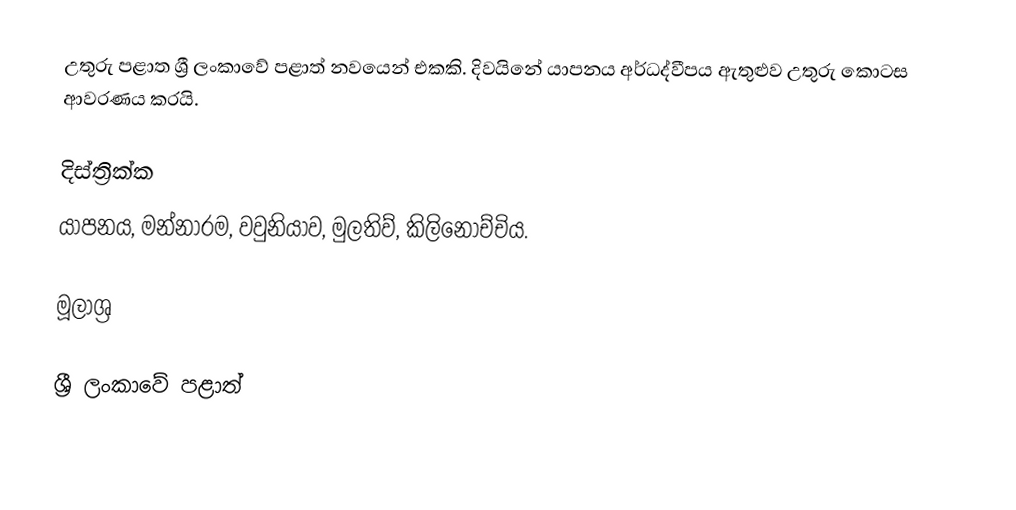
උතුරු පළාත ශ්‍රී ලංකාවේ පළාත් නවයෙන් එකකි. දිවයිනේ යාපනය අර්ධද්වීපය ඇතුළුව උතුරු කොටස ආවරණය කරයි.

දිස්ත්‍රික්ක
යාපනය, මන්නාරම, වවුනියාව, මුලතිව්, කිලිනොච්චිය.

මූලාශ්‍ර

ශ්‍රී ලංකාවේ පළාත්